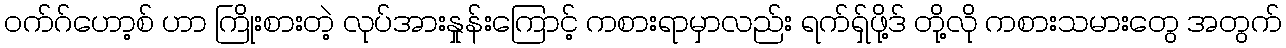
ဝက်ဂ်ဟော့စ် ဟာ ကြိုးစားတဲ့ လုပ်အားနှုန်းကြောင့် ကစားရာမှာလည်း ရက်ရှ်ဖို့ဒ် တို့လို ကစားသမားတွေ အတွက်